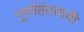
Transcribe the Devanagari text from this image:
पूर्णाहंतामयी